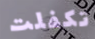
تكفلت